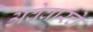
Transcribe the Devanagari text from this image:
अवेवारचे